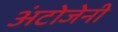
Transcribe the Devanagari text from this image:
अंटोजेनी